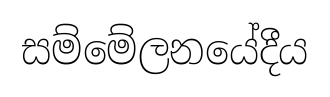
සම්මේලනයේදීය